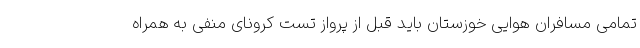
تمامی مسافران هوایی خوزستان باید قبل از پرواز تست کرونای منفی به همراه